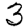
Digit: 3